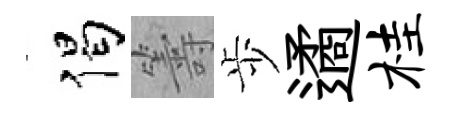
偈籌歩遹桂